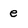
Character: e